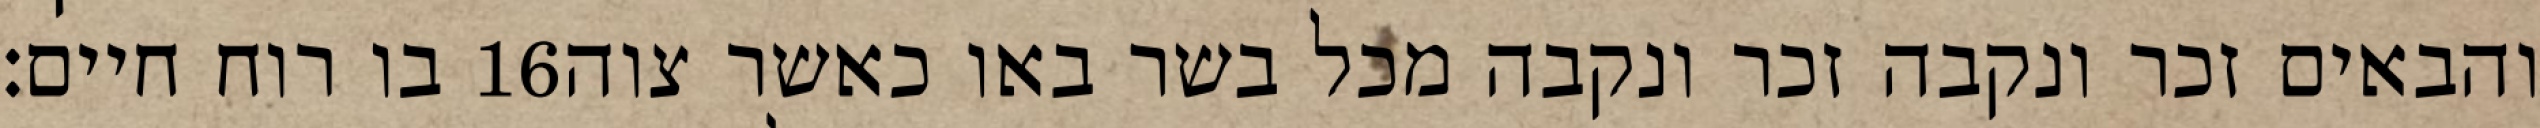
בו רוח חיים׃ ‎16‏ והבאים זכר ונקבה זכר ונקבה מכל בשר באו כאשר צוה